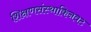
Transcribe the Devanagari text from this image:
शिक्षणसंस्थाकिनवट